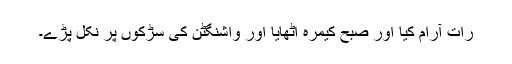
رات آرام کیا اور صبح کیمرہ اٹھایا اور واشنگٹن کی سڑکوں پر نکل پڑے۔